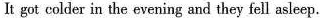
It got colder in the evening and they fell asleep.